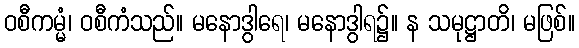
ဝစီကမ္မံ၊ ဝစီကံသည်။ မနောဒွါရေ၊ မနောဒွါရ၌။ န သမုဋ္ဌာတိ၊ မဖြစ်။